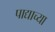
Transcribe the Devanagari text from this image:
पाद्याच्या